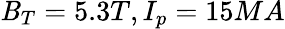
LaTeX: \mathit{B}_{T}=5.3T,I_{p}=15MA